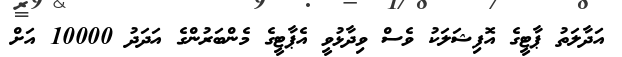
އަދާލަތު ޕާޓީގެ އޮފިޝަލަކު ވެސް ވިދާޅުވީ އެޕާޓީގެ މެންބަރުންގެ އަދަދު 10000 އަށް